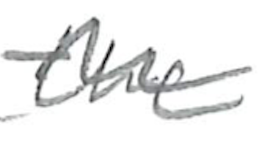
Text: the
Cross-out: wave
Writing tool: pencil